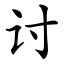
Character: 讨